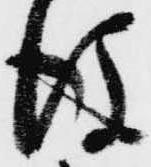
後